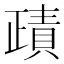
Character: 𧶷